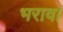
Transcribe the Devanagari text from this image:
भरावा